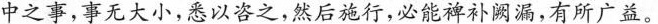
中之事，事无大小，悉以咨之，然后施行，必能裨补阙漏，有所广益。